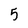
Character: 5